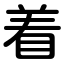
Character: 着